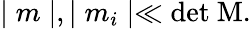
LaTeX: \mid m\mid,\mid m_{i}\mid\ll\mathrm{det{\mathbf~M}}.